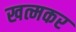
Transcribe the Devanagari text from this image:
खत्मकर